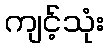
ကျင့်သုံး